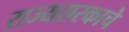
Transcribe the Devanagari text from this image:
राज्यसरकाचे